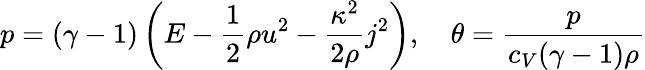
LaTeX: p=(\gamma-1)\left(E-\frac{1}{2}\rho u^{2}-\frac{\kappa^{2}}{2\rho}j^{2}\right),\quad\theta=\frac{p}{c_{V}(\gamma-1)\rho}